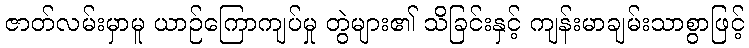
ဇာတ်လမ်းမှာမူ ယာဉ်ကြောကျပ်မှု တွဲများ၏ သိခြင်းနှင့် ကျန်းမာချမ်းသာစွာဖြင့်